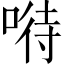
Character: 𠸤